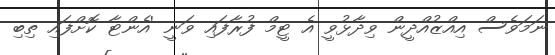
ނަމަވެސް އިއްޒުއްދީން ވިދާޅުވީ އެ ޓީމް ފުރާފައި ވަނީ 'އެންޓާ ކޮށްފައި ތިބި